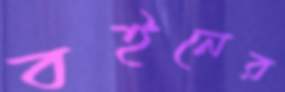
বইনের